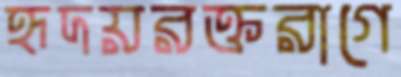
হৃদয়রক্তরাগে